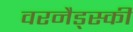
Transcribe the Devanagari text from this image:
वरनैड्स्की